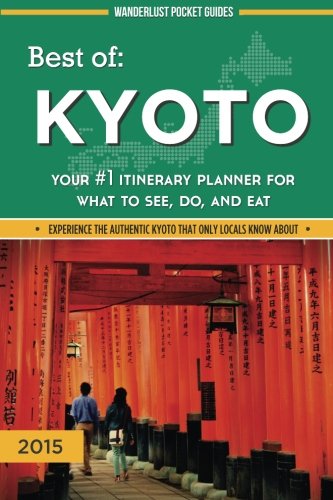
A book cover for Best of Kyoto: Your #1 Itinerary Planner for What to See, Do, and Eat (Wanderlust Pocket Guides - Japan) (Volume 3); Wanderlust Pocket Guides; Travel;